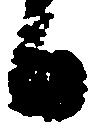
日